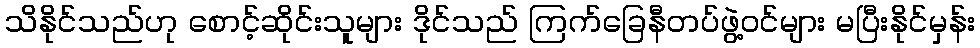
သိနိုင်သည်ဟု စောင့်ဆိုင်းသူများ ဒိုင်သည် ကြက်ခြေနီတပ်ဖွဲ့ဝင်များ မပြီးနိုင်မှန်း